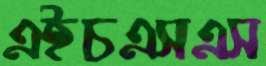
এইচএসএস